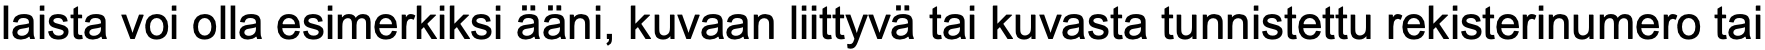
laista voi olla esimerkiksi ääni, kuvaan liittyvä tai kuvasta tunnistettu rekisterinumero tai